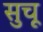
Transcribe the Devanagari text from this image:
सुचू